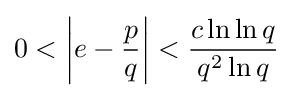
0<\left|e-{\frac {p}{q}}\right|<{\frac {c\ln \ln q}{q^{2}\ln q}}